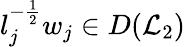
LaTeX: l_{j}^{-\frac{1}{2}}w_{j}\in D(\mathcal{L}_{2})